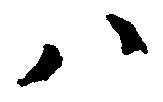
ハ